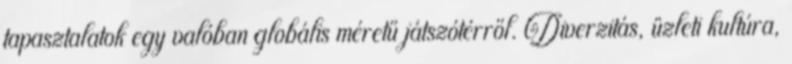
tapasztalatok egy valóban globális méretű játszótérről. Diverzitás, üzleti kultúra,